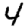
Digit: 4